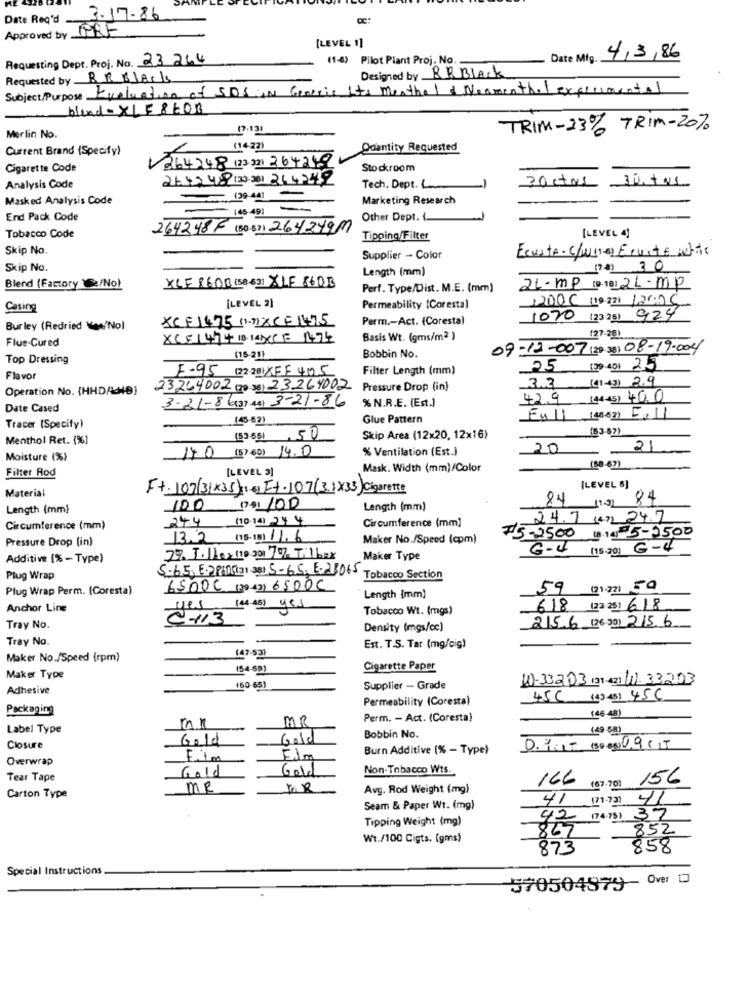
Date Req'd
3-17.86
Approved by _-
[LEVEL 1]
Requesting Dept. Proj. No. 23 264
(1-8) Pilot Plant Proj. No.
Date Mig. 4/3/86
Requested by BR Blacks
Designed by RRBlack
Subject/Purpose Evaluation of 505 IN Generis Its menthol & Neamenthol experimental
blend-XLF &EOB
17.131
TRIM- 23% TRIM- 20%
Merlin No.
Current Brand (Specify)
1
(1423)
Quantity Requested
Cigarette Code
V264248 (23-32) 264249
Stockroom
264248(3)30) 264249
30 ctas
Analysis Code
Tech. Dept. L.
Masked Analysis Code
Marketing Research
145-491
End Pack Code
Other Dept. (.
264248F (80-87) 264249M
Tobacco Code
Tipping/Filter
[LEVEL 4)
Skip No.
Ecuste. C/wnie) EruntE petite
Supplier - Color
Skip No.
Length (mm)
Blend (Factory /Not
XLF 8600 (58-631 XIF 860B
Perf. Type/Dist. M.E. (mm)
2L-mp (P-18) 21-mp
1200€ (19:2) 120:06
Casing
[LEVEL 2]
Permeability [Coresta)
XCF1475 MmXCF 1455
Perm .- Act. (Corestal
1070 (2325) 924
Burley (Redried Wee/Nol
Flue-Cured
XCE14741014X6= 1474
Basis Wt. (gms/m2 )
(27.28)
09-13-007 (20- 33) 08-19-004
Top Dressing
(15-21)
Bobbin No.
F-95 (22 201 XFF 405
Filter Length (mm)
25 (39 40) 25
Flavor
3.3
(1-43) 2.9
Operation No. (HHDAND)
23264002 (70.30) 23264002
Pressure Drop (in)
3-21-8(3).44) 3-21-86
%N.R.E. (Est.)
42.9
(4445) 40.0
Date Cased
(45-52)
Glue Pattern
Full (4863) 5.11
Tracer (Specify)
.. (53-52)
Menthol Ret. (%]
(53-55) .50
Skip Area (12x20, 12x16)
% Ventilation (Est.)
20
.21
Moisture (%)
140 (57.60) 14.0
Filter Rod
[LEVEL 3]
Mask. Width (mm)/Color
6667)
Material
Ft. 107 (31x35)1.) Ft.107 (3.1x33) Cigarette
(LEVEL 6]
84
84
Length (mm)
100
1751 /00
Length (mm)
19.91
244 (10-14) 244
Circumference (mm)
24.7 16.7) 24.7
Circumference (mm)
Pressure Drop (in)
13.2 (18.10) 11.6
Maker No./Speed (cpm)
75-2500 181 41 5
(15.20) 6-4
Additive (%- Type)
22.1.110 110.301 7% Tilbex
Maker Type
Plug Wrap
5.65,5.2860(31 38] 5-65; E-23065 Tobacco Section
Plug Wrap Perm. [Coresta)
6500C (20 4) 6500C
59 (01.220 50
Length [mm)
Anchor Line
yes (44.65) yes
Tobacco Wt. (mgs)
618 (23 25) 618
2-113
Tray No.
Density (mgs/cc)
215.6 (26.00) 215.6
Tray No.
(47-53)
Est. T.S. Tar (mg/cig)
Maker No./Speed (rpm)
(54-59)
Cigarette Paper
Maker Type
141-33203 [21-421 (0.33203
Adhesive
(60-65)
Supplier - Grade
Permeability (Coresta)
45C (43 43) 45C
Packaging
MR
Perm. - Act. (Coresta)
(46 48)
Label Type
(49 58)
Gold
Gold
Bobbin No.
Closure
Burn Additive (% - Type)
D.f :- (50 e) 0915
Overwrap
Film
Film
Gold
Gold
Non-Tobacco Wts.
Tear Tape
166
(87.70) 156
MR
Avg. Rod Weight (mg)
Carton Type
41 (71).72) 41
Seam & Paper Wt. (mg)
Tipping Weight (mg)
42 (74/75) 37
867
852
Wt./100 Cigts. (gms)
873
858
Special Instructions
570504979- Over 1